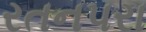
રતનપરા